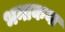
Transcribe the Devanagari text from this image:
भनाकवा